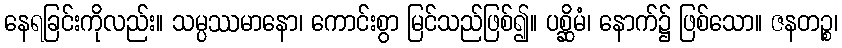
နေရခြင်းကိုလည်း။ သမ္ပဿမာနော၊ ကောင်းစွာ မြင်သည်ဖြစ်၍။ ပစ္ဆိမံ၊ နောက်၌ ဖြစ်သော။ ဇနတဉ္စ၊